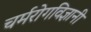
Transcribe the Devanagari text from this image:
चर्मरोगविज्ञानी